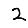
Digit: 2